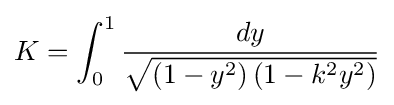
K=\int _{0}^{1}{\frac {dy}{\sqrt {\left(1-y^{2}\right)\left(1-k^{2}y^{2}\right)}}}